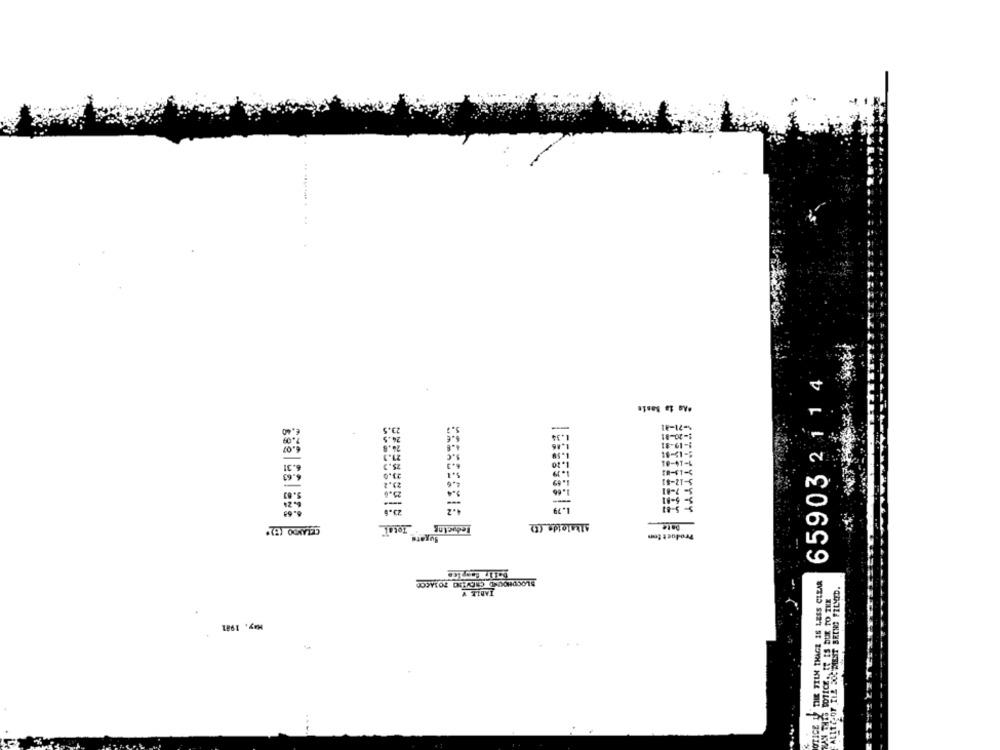
65903 2 1 1 4
·As ta Basis
23.5
,40
-
1.34
24.
60%
1.50
18-GI-i
10'9
10-41-5
10-41-6
5-12-81
iºC
25.6
23.6
Total"
Alkaloids (1)
Sugars
Product Son
OTICE I DIE FILM IMAGE IS LESS CLEAR
CALLTZAOF THE DOCBEST BRING FILMED.
May, 1981
...